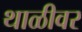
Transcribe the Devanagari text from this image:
थाळीवर